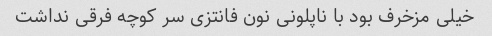
خیلی مزخرف بود با ناپلونی نون فانتزی سر کوچه فرقی نداشت